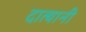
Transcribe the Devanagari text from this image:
दात्यानी